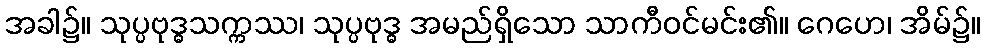
အခါ၌။ သုပ္ပဗုဒ္ဓသက္ကဿ၊ သုပ္ပဗုဒ္ဓ အမည်ရှိသော သာကီဝင်မင်း၏။ ဂေဟေ၊ အိမ်၌။